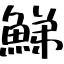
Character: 鮷